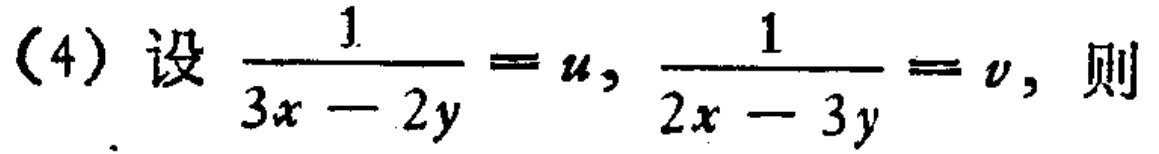
(4) 设 $\frac{1}{3x - 2y}=u, \frac{1}{2x - 3y}=v$, 则